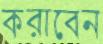
করাবেন